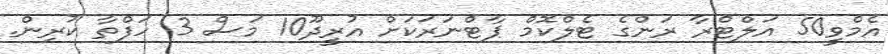
އެމްވީ50 އަލްޓްރާ ރަންގެ ޓެލްކޮމް ޕާޓްނަރަކަށް އުރީދޫ10 މަސް 3 ހަފްތާ ކުރިން.